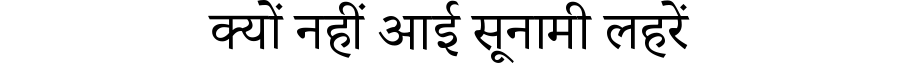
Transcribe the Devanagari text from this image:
क्यों नहीं आई सूनामी लहरें